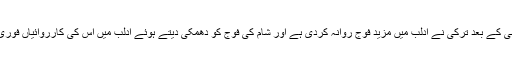
اس کے ساتھ ہی شامی فوج کی پیشقدمی کے بعد ترکی نے ادلب میں مزید فوج روانہ کردی ہے اور شام کی فوج کو دھمکی دیتے ہوئے ادلب میں اس کی کارروائیاں فوری طور پر بند کرنے کا مطالبہ کیا ہے۔